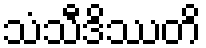
သံသီဒိဿတိ